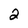
Character: 2